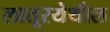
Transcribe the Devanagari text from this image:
लातूरयेथील